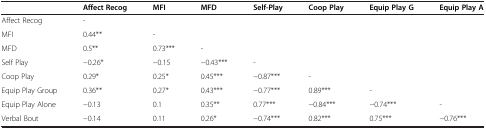
<table><thead><tr><td><b> </b></td><td><b>Affect Recog</b></td><td><b>MFI</b></td><td><b>MFD</b></td><td><b>Self-Play</b></td><td><b>Coop Play</b></td><td><b>Equip Play G</b></td><td><b>Equip Play A</b></td></tr></thead><tbody><tr><td>Affect Recog</td><td>-</td><td> </td><td> </td><td> </td><td> </td><td> </td><td> </td></tr><tr><td>MFI</td><td>0.44**</td><td>-</td><td> </td><td> </td><td> </td><td> </td><td> </td></tr><tr><td>MFD</td><td>0.5**</td><td>0.73***</td><td>-</td><td> </td><td> </td><td> </td><td> </td></tr><tr><td>Self Play</td><td>−0.26*</td><td>−0.15</td><td>−0.43***</td><td>-</td><td> </td><td> </td><td> </td></tr><tr><td>Coop Play</td><td>0.29*</td><td>0.25*</td><td>0.45***</td><td>−0.87***</td><td>-</td><td> </td><td> </td></tr><tr><td>Equip Play Group</td><td>0.36**</td><td>0.27*</td><td>0.43***</td><td>−0.77***</td><td>0.89***</td><td>-</td><td> </td></tr><tr><td>Equip Play Alone</td><td>−0.13</td><td>0.1</td><td>0.35**</td><td>0.77***</td><td>−0.84***</td><td>−0.74***</td><td>-</td></tr><tr><td>Verbal Bout</td><td>−0.14</td><td>0.11</td><td>0.26*</td><td>−0.74***</td><td>0.82***</td><td>0.75***</td><td>−0.76***</td></tr></tbody></table>